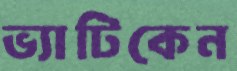
ভ্যাটিকেন